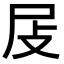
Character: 𡰵